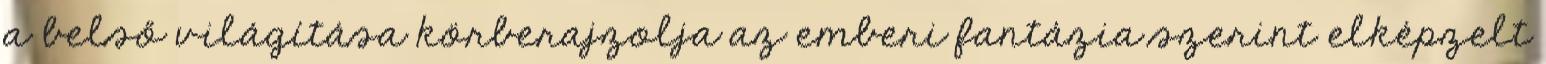
a belső világítása körberajzolja az emberi fantázia szerint elképzelt